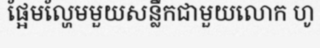
ផ្អែមល្ហែមមួយសន្លឹកជាមួយលោក ហូ